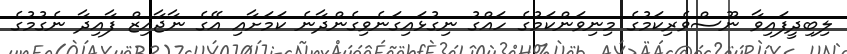
ލިބިދީފައިވާ ނޫސްވެރިކަމުގެ މިނިވަންކަމުގެ ހައްގު ނިގުޅައިގަނެވިގެންދާނެ ކަމަށާއި އޭގެ ނާޖާއިޒް ފާއިދާ ނެގުމުގެ